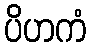
ပိဟကံ